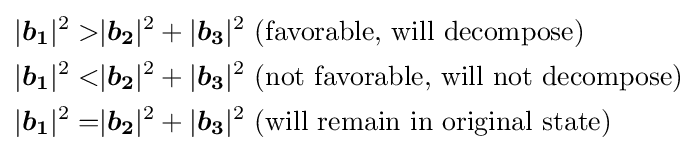
{\begin{aligned}|{\boldsymbol {b_{1}}}|^{2}>&|{\boldsymbol {b_{2}}}|^{2}+|{\boldsymbol {b_{3}}}|^{2}{\text{  (favorable, will decompose)}}\\|{\boldsymbol {b_{1}}}|^{2}<&|{\boldsymbol {b_{2}}}|^{2}+|{\boldsymbol {b_{3}}}|^{2}{\text{  (not favorable, will not decompose)}}\\|{\boldsymbol {b_{1}}}|^{2}=&|{\boldsymbol {b_{2}}}|^{2}+|{\boldsymbol {b_{3}}}|^{2}{\text{  (will remain in original state)}}\end{aligned}}